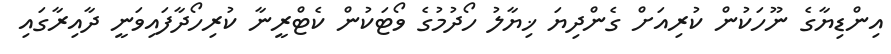
އިންޑިޔާގެ ނޫހަކުން ކުރިއަށް ގެންދިޔަ ޚިޔާލު ހޯދުމުގެ ވޯޓަކުން ކެޓްރީނާ ކުރިހޯދާފައިވަނީ ދާއިރާގައި